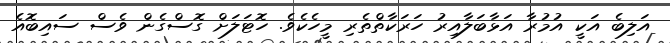
އަލިބެ އަކީ އުމުރާ އަޅާބަލާއިރު ހަރަކާތްތެރި މީހެކެވެ. ހޮޓަލަށް ގޮސްގެން ވެސް ސައިބޮއެ